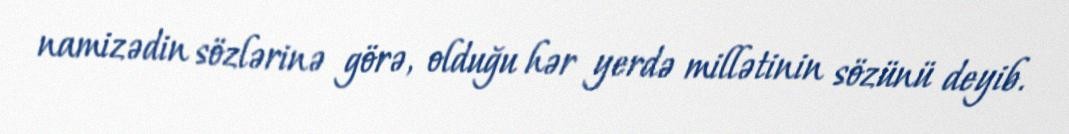
namizədin sözlərinə görə, olduğu hər yerdə millətinin sözünü deyib.